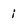
Character: i